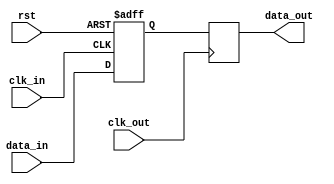
module bypass_register (
    input wire clk_in,
    input wire clk_out,
    input wire rst,
    input wire data_in,
    output reg data_out
);

reg synced_data;

always @(posedge clk_in or posedge rst) begin
    if (rst) begin
        synced_data <= 1'b0;
    end else begin
        synced_data <= data_in;
    end
end

always @(posedge clk_out) begin
    data_out <= synced_data;
end

endmodule